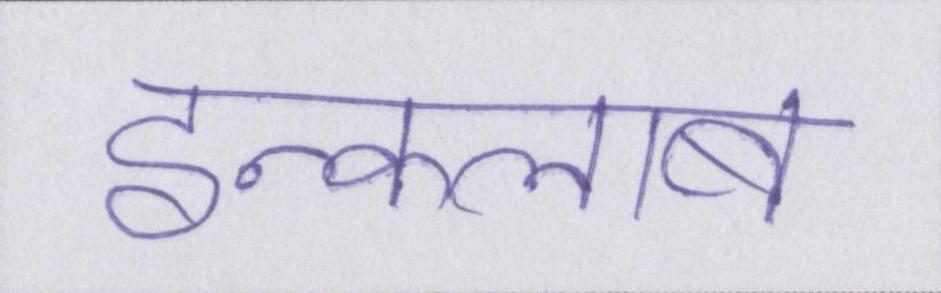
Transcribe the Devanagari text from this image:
इन्कलाब